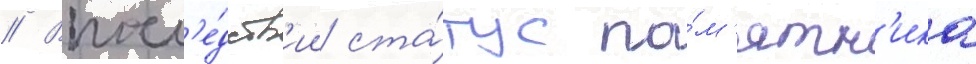
// Впосл'е́дств'ии ста́тус па́м'ятн'ика